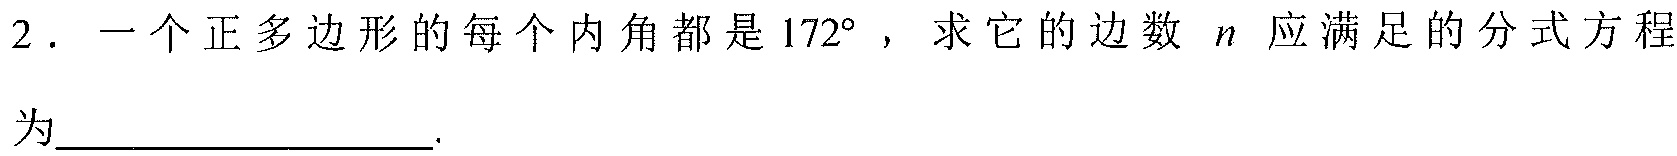
2. 一个正多边形的每个内角都是\(172^{\circ}\)，求它的边数 \(n\) 应满足的分式方程
为__________________.